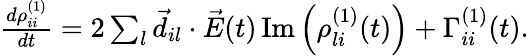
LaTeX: \begin{array}{r}{\frac{d\rho_{ii}^{(1)}}{dt}=2\sum_{l}\vec{d}_{il}\cdot\vec{E}(t)\, \mathrm{Im}\left(\rho_{li}^{(1)}(t)\right)+\Gamma_{ii}^{(1)}(t).}\end{array}